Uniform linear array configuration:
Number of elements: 32
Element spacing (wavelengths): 0.25
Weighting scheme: cosine
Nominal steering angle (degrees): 45
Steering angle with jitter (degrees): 43.544
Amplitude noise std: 0.05
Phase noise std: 0.05

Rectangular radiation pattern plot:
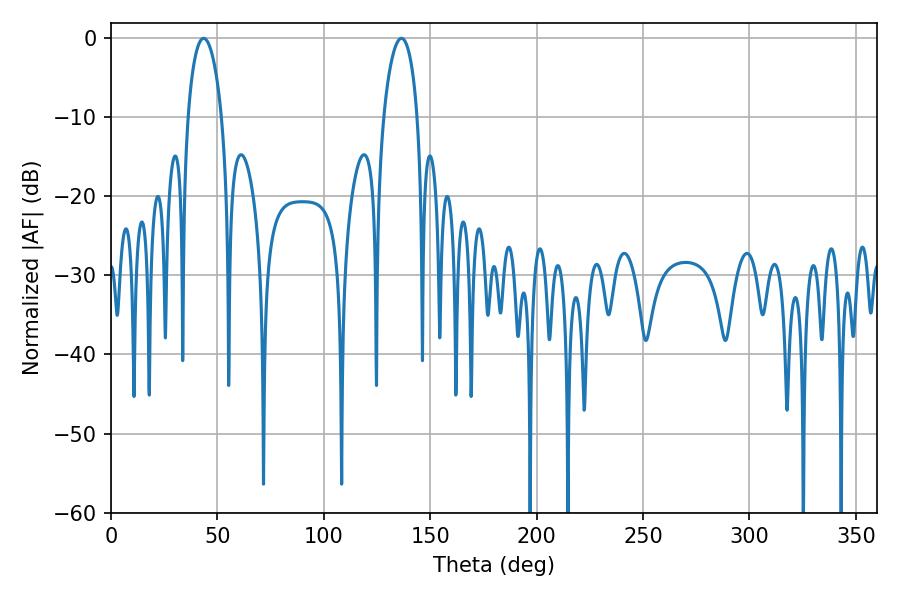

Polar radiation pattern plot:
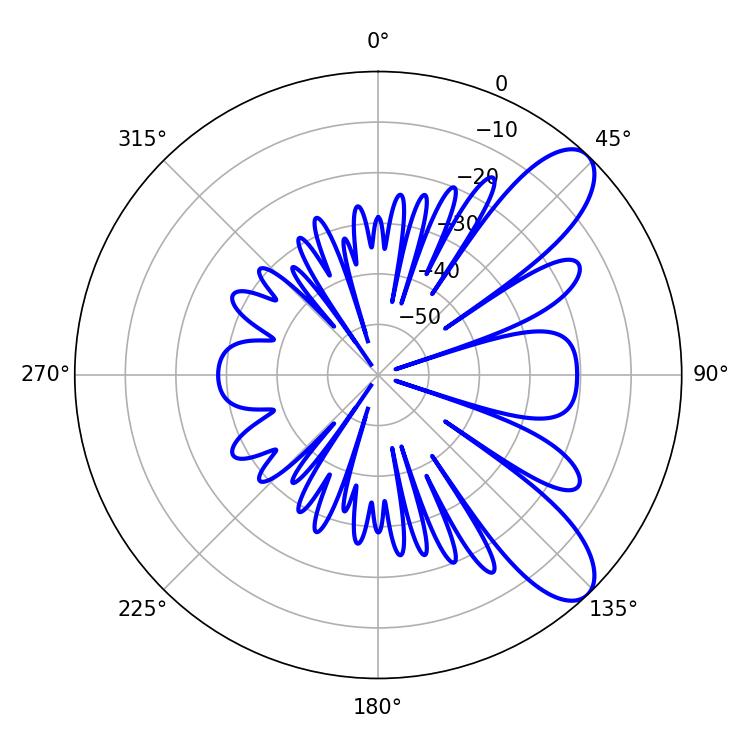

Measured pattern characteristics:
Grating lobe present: FALSE
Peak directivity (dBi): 9.185
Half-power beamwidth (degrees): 9
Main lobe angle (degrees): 43.56